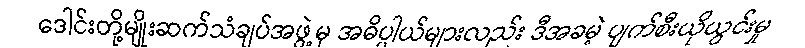
ဒေါင်းတို့မျိုးဆက်သံချပ်အဖွဲ့မှ အဓိပ္ပါယ်များလည်း ဒီအခမဲ့ ပျက်စီးယိုယွင်းမှု